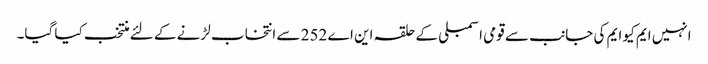
انہیں ایم کیو ایم کی جانب سے قومی اسمبلی کے حلقہ این اے 252 سے انتخاب لڑنے کے لئے منتخب کیا گیا۔